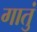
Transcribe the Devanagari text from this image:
गातुं